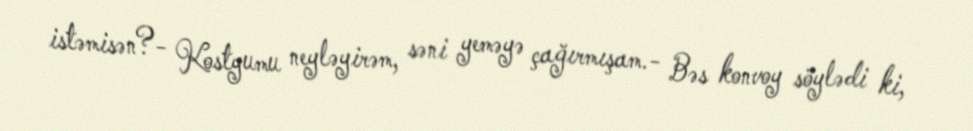
istəmisən?- Kostyumu neyləyirəm, səni yeməyə çağırmışam.- Bəs konvoy söylədi ki,